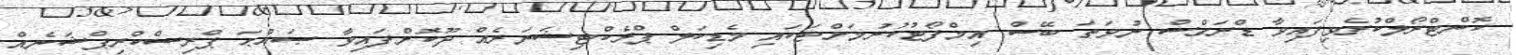
ކޮންޓްރޯލްކުރެވިފައިވާ ޑްރަގްސް ނުވަތަ ބޭސް އިމްފޯޓުކުރުމަށްޓަކައި މެޑިކަލް ޕްރެކްޓިޝަނަރެއް ދޫކޮށްފައިވާ ޞައްޙަ ޕްރިސްކްރިޕްޝަނެއް